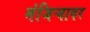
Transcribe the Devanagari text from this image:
मंजिऱ्यावर